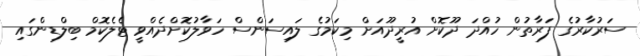
ސަރުކާރުގެ ފަރާތުން ހުއްދަ ދޫކޮށް އުރީދޫއަށް މިކަމުގެ ލައިސަންސް ހަވާލުކޮށްދެއްވީ ޓެލެކޮމް ބިލްޑިންގައި